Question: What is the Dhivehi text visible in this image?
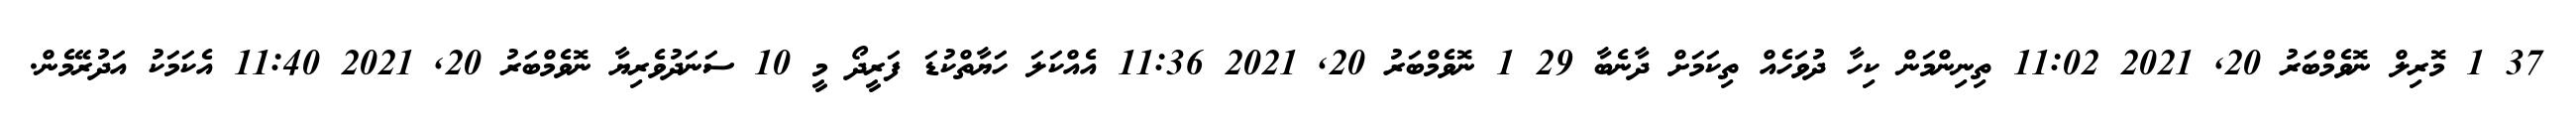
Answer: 37 1 މޮރިލް ނޮވެމްބަރު 20, 2021 11:02 ތިނިންމަން ކިހާ ދުވަހެއް ތިކަމަށް ދާނެބާ 29 1 ނޮވެމްބަރު 20, 2021 11:36 އެއްކަލަ ހަޔާތްކުޑަ ފަރީދޯ މީ 10 ސަނަދުވެރިޔާ ނޮވެމްބަރު 20, 2021 11:40 އެކަމަކު އަދުރޭމެން.